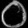
Digit: ၀